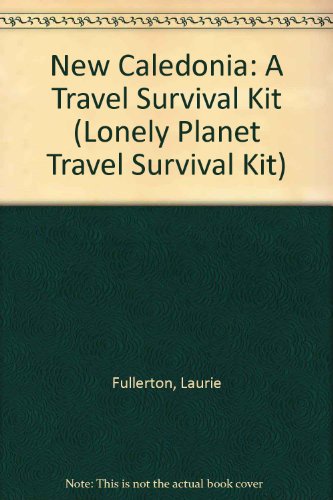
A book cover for New Caledonia: A Travel Survival Kit (Lonely Planet Travel Survival Kit); Travel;